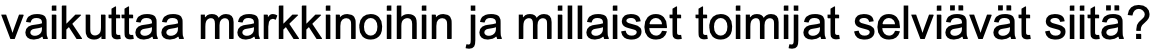
vaikuttaa markkinoihin ja millaiset toimijat selviävät siitä?